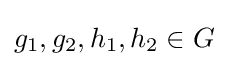
g_{1},g_{2},h_{1},h_{2}\in G